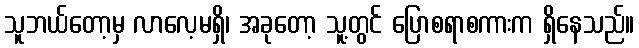
သူဘယ်တော့မှ လာလေ့မရှိ၊ အခုတော့ သူ့တွင် ပြောစရာစကားက ရှိနေသည်။